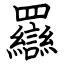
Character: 羉